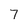
Character: 7